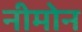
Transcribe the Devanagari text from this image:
नीमोन